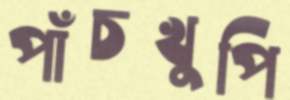
পাঁচখুপি